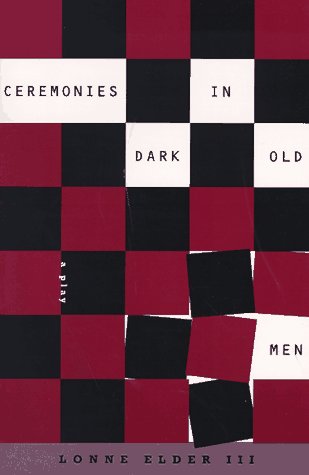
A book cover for Ceremonies in Dark Old Men: A Play; Lonne Elder III; Literature & Fiction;